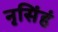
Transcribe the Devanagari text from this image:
नृसिंहं